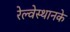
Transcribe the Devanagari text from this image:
रेल्वेस्थानके